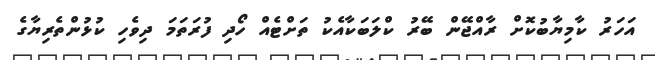
އަހަރު ކާމިޔާބުކޮށް ރާއްޖޭން ބޭރު ކްލަބަކާއެކު ތަށްޓެއް ހޯދި ފުރަތަމަ ދިވެހި ކުޅުންތެރިޔާގެ